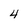
Character: 4